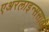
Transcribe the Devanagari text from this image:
एअरलाइन्ससाठी